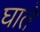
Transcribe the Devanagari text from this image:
घाते